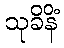
သုခိနိံ